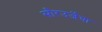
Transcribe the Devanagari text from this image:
सौरउर्जेचा